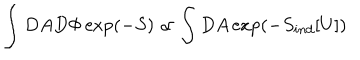
\int D A D \Phi \exp ( - S ) \propto \int D A \exp \left( - S _ { i n d } [ U ] \right)